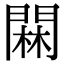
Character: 䦥